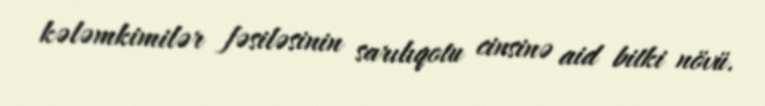
kələmkimilər fəsiləsinin sarılıqotu cinsinə aid bitki növü.